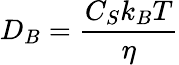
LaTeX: D_{B}=\frac{C_{S}k_{B}T}{\eta}